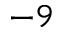
^ { - 9 }